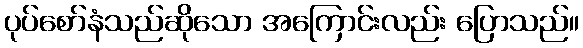
ပုပ်စော်နံသည်ဆိုသော အကြောင်းလည်း ပြောသည်။